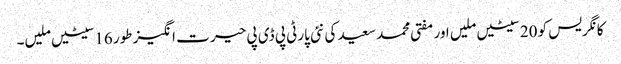
کانگریس کو 20سیٹیں ملیں اور مفتی محمد سعید کی نئی پارٹی پی ڈی پی حیر ت انگیز طور 16سیٹیں ملیں۔